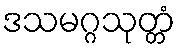
ဒသမဂ္ဂသုတ္တံ